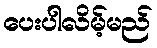
ပေးပါလိမ့်မည်